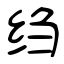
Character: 绉